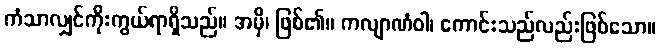
ကံသာလျှင်ကိုးကွယ်ရာရှိသည်။ အမှိ၊ ဖြစ်၏။ ကလျာဏံဝါ၊ ကောင်းသည်လည်းဖြစ်သော။